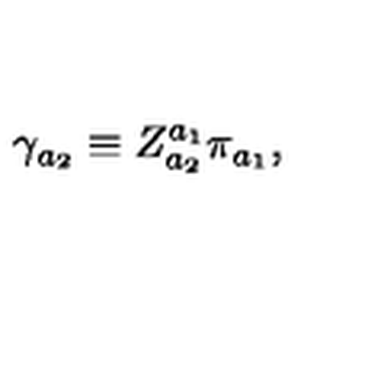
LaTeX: \gamma _ { a _ { 2 } } \equiv Z _ { a _ { 2 } } ^ { a _ { 1 } } \pi _ { a _ { 1 } } ,